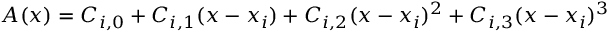
A ( x ) = C _ { i , 0 } + C _ { i , 1 } ( x - x _ { i } ) + C _ { i , 2 } ( x - x _ { i } ) ^ { 2 } + C _ { i , 3 } ( x - x _ { i } ) ^ { 3 }